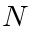
N